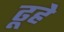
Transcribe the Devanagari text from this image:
ढूहे